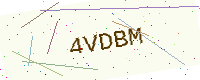
Text: 4VDBM